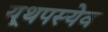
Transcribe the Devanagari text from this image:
यूथपस्येव